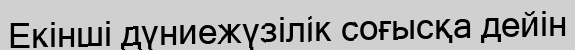
Екінші дүниежүзілік соғысқа дейін